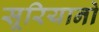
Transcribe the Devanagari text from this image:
सूरियानो